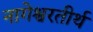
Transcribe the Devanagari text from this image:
नागेश्वरतीर्थ